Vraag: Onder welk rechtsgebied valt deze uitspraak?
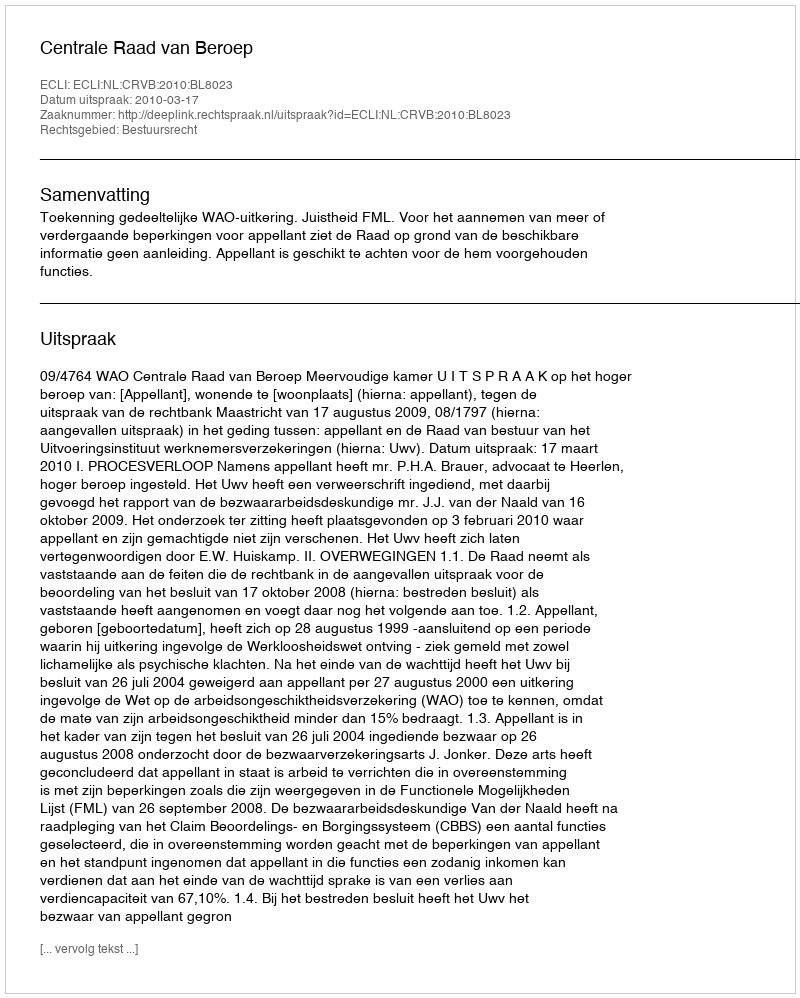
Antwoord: Bestuursrecht